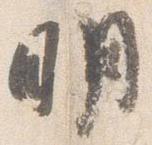
明